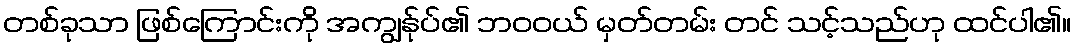
တစ်ခုသာ ဖြစ်ကြောင်းကို အကျွန်ုပ်၏ ဘဝဝယ် မှတ်တမ်း တင် သင့်သည်ဟု ထင်ပါ၏။